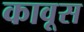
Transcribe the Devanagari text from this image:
कावूस